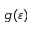
g ( \varepsilon )